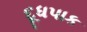
દૂધપાક